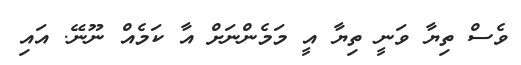
ވެސް ތިޔާ ވަނީ ތިޔާ އީ މަމެންނަށް އާ ކަމެއް ނޫނޭ. އައި